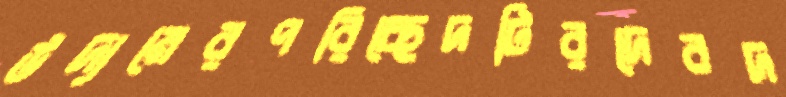
উদ্যমেরপরিচ্ছেদটিরদেবদ